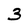
Character: 3